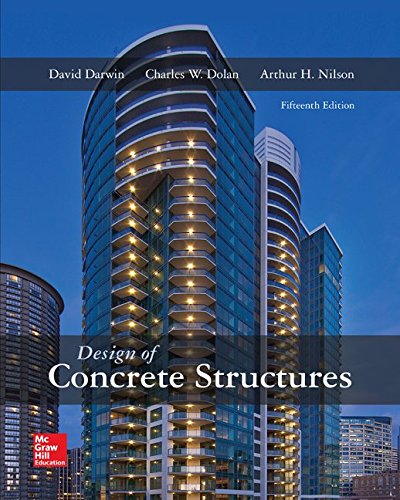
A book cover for Design of Concrete Structures; David Darwin; Engineering & Transportation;